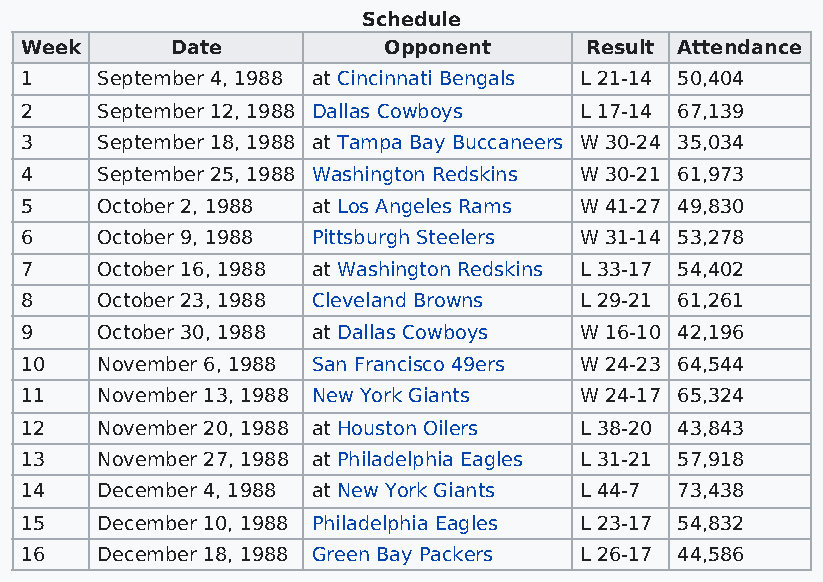
Schedule
 Week      Date          Opponent      Result Attendance
 1    September 4, 1988 at Cincinnati Bengals L 21-14 50,404
 2    September 12, 1988 Dallas Cowboys L 17-14 67,139
 3    September 18, 1988 at Tampa Bay Buccaneers W 30-24 35,034
 4    September 25, 1988 Washington Redskins W 30-21 61,973
 5    October 2, 1988 at Los Angeles Rams W 41-27 49,830
 6    October 9, 1988 Pittsburgh Steelers W 31-14 53,278
 7    October 16, 1988 at Washington Redskins L 33-17 54,402
 8    October 23, 1988 Cleveland Browns L 29-21 61,261
 9    October 30, 1988 at Dallas Cowboys W 16-10 42,196
 10   November 6, 1988 San Francisco 49ers W 24-23 64,544
 11   November 13, 1988 New York Giants W 24-17 65,324
 12   November 20, 1988 at Houston Oilers L 38-20 43,843
 13   November 27, 1988 at Philadelphia Eagles L 31-21 57,918
 14   December 4, 1988 at New York Giants L 44-7 73,438
 15   December 10, 1988 Philadelphia Eagles L 23-17 54,832
 16   December 18, 1988 Green Bay Packers L 26-17 44,586